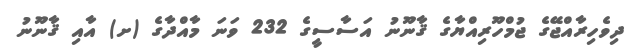
ދިވެހިރާއްޖޭގެ ޖުމްހޫރިއްޔާގެ ޤާނޫނު އަސާސީގެ 232 ވަނަ މާއްދާގެ (ށ) އާއި ޤާނޫނު